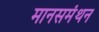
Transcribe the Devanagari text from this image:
मानसमंथन